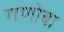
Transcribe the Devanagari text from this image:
गणोबा